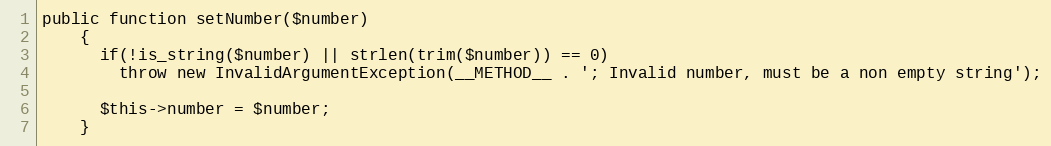
Language: PHP
public function setNumber($number)
    {
      if(!is_string($number) || strlen(trim($number)) == 0)
        throw new InvalidArgumentException(__METHOD__ . '; Invalid number, must be a non empty string');

      $this->number = $number;
    }